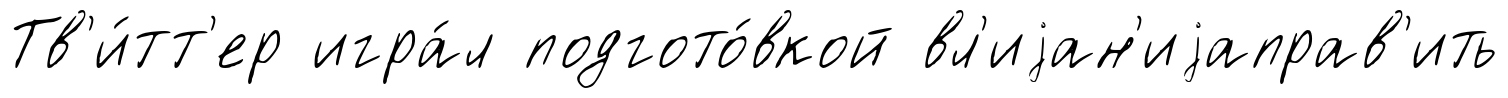
Тв'и́тт'ер игра́л подгото́вкой вл'иjан'иjаправ'ить